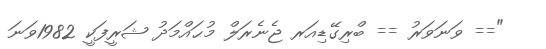
"== ވަނަވަރު == ބްރިގޭޑިއަރ ޖެނެރަލް މުޙައްމަދު ޝަރީފަކީ 1982ވަނަ